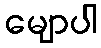
မျောပါ